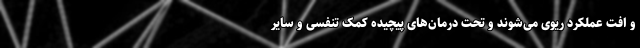
و افت عملکرد ریوی می‌شوند و تحت درمان‌های پیچیده کمک تنفسی و سایر